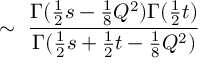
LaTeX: \sim ~ \frac { \Gamma ( \frac { 1 } { 2 } s - \frac { 1 } { 8 } Q ^ { 2 } ) \Gamma ( \frac { 1 } { 2 } t ) } { \Gamma ( \frac { 1 } { 2 } s + \frac { 1 } { 2 } t - \frac { 1 } { 8 } Q ^ { 2 } ) }